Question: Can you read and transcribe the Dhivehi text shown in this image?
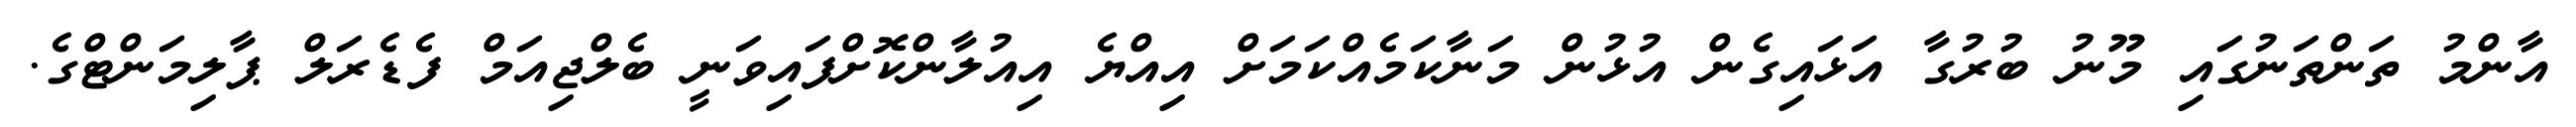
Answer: އާންމު ތަންތަނުގައި މޫނު ބުރުގާ އަޅައިގެން އުޅުން މަނާކަމެއްކަމަށް އިއްޔެ އިއުލާންކޮށްފައިވަނީ ބެލްޖިއަމް ފެޑެރަލް ޕާލިމަންޓްގެ.